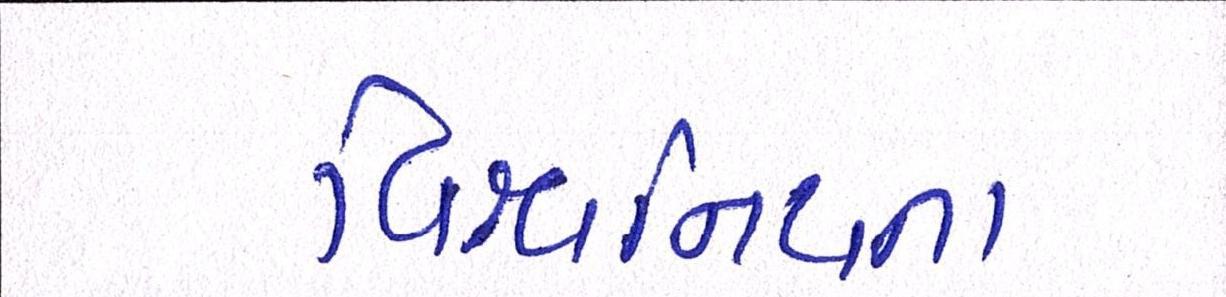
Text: વિશ્વસનિયતા